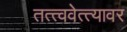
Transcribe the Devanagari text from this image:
तत्त्ववेत्त्यावर